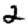
Digit: 2